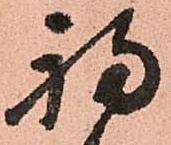
福